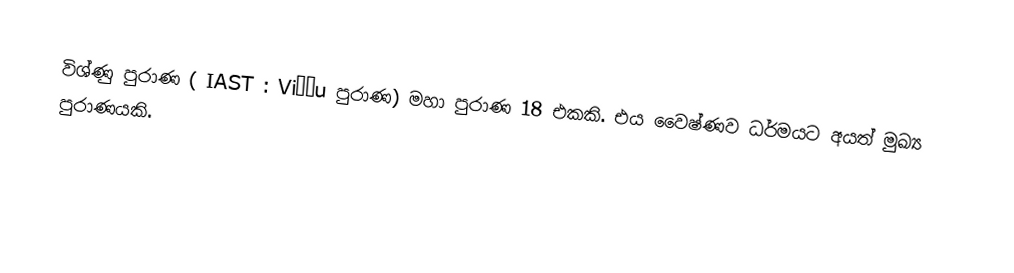
විශ්ණු පුරාණ ( IAST : Viṣṇu පුරාණ) මහා පුරාණ 18 එකකි.  එය වෛෂ්ණව ධර්මයට අයත් මුඛ්‍ය පුරාණයකි.